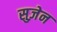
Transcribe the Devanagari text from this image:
सुज़ेन